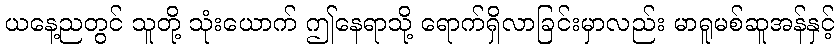
ယနေ့ညတွင် သူတို့ သုံးယောက် ဤနေရာသို့ ရောက်ရှိလာခြင်းမှာလည်း မာရူမစ်ဆူအန်နှင့်